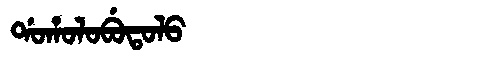
Manchu: ᡩᠣᡥᠣᠯᠣᠪᡠᡨᠣᠯᠣ
Romanization: DOHOLOBUTOLO